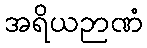
အရိယဉာဏံ